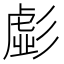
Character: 𭛚